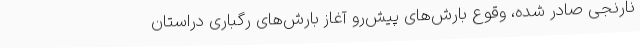
نارنجی صادر شده، وقوع بارش‌های پیش‌رو آغاز بارش‌های رگباری دراستان